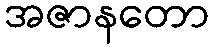
အဇာနတော